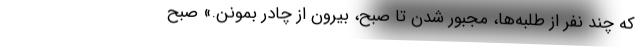
كه چند نفر از طلبه‌ها، مجبور شدن تا صبح، بيرون از چادر بمونن.» صبح